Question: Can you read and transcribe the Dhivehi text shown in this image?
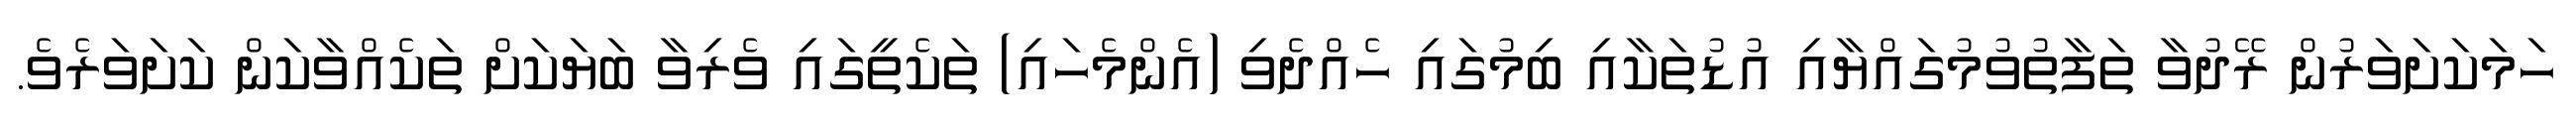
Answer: ހަމަކަށަވަރުން ރޭދުވާ ތަފާތުވުމުގައްޔާއި އުޑުތަކާއި ބިމުގައި ހެއްދެވި (އެންމެހައި) ތަކެތީގައި ވެރިވާ ބަޔަކަށް ތަކެއްވާކަން ކަށަވަރެވެ.